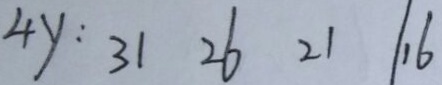
4 y : 3 1 2 6 2 1 1 6